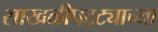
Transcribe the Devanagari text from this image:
साखळीपट्ट्याच्या